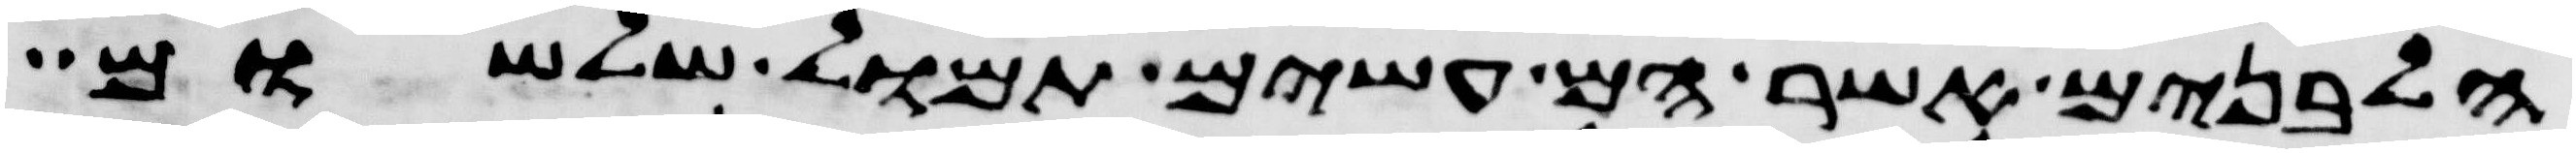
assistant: הלבנים אשר הם עשים תמול שלשום